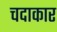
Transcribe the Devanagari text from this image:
चदाकार